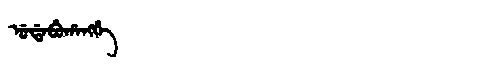
Manchu: ᡠᡩᠠᠪᡠᡥᠠᠩᡤᡝ
Romanization: UDABUHANGGE